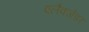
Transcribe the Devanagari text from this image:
एलैक्जेंडर